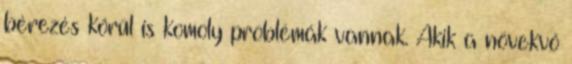
bérezés körül is komoly problémák vannak. Akik a növekvő